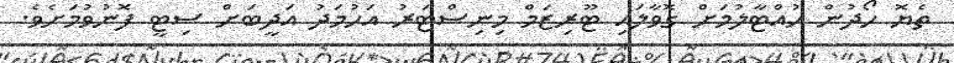
ތެޔޮ ހޯދުން ހުއްޓާލުމަށް ގޮވާލައި ޓޫރިޒަމް މިނިސްޓަރު އަހުމަދު އަދީބަށް ސިޓީ ފޮނުވުމަށެވެ.